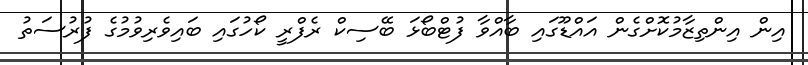
އިން އިންތިޒާމުކޮށްގެން އައްޑޫގައި ބާއްވާ ފުޓްބޯޅަ ބޭސިކް ރެފްރީ ކޯހުގައި ބައިވެރިވުމުގެ ފުރުސަތު